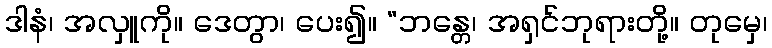
ဒါနံ၊ အလှူကို။ ဒေတွာ၊ ပေး၍။ “ဘန္တေ၊ အရှင်ဘုရားတို့။ တုမှေ၊